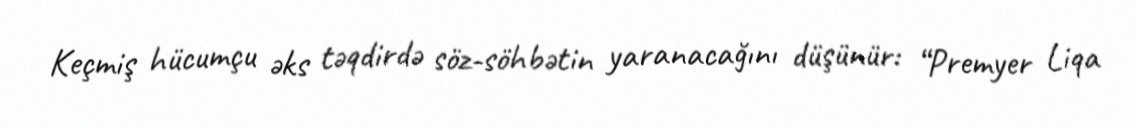
Keçmiş hücumçu əks təqdirdə söz-söhbətin yaranacağını düşünür: “Premyer Liqa